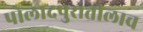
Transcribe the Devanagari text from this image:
पोलादपुरातीलाच